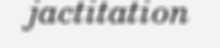
jactitation